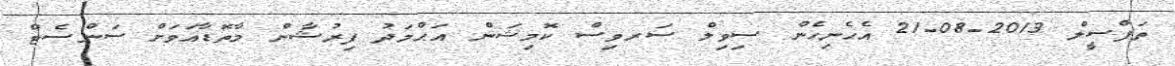
ތަފްސީލް 2013-08-21 އެހެނިހެން ސިވިލް ސަރވިސް ކޮމިޝަން އަޙްމަދު ފިރުޝާން މާތޮޑާއަވަށް ސަންސެޓް